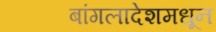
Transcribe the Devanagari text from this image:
बांगलादेशमधून